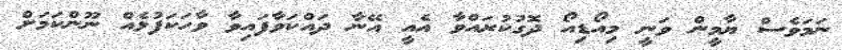
ނަމަވެސް ޔާމީން ވަނީ މިއޯޑިއޯ ދޮގުކުރައްވާ އެއީ އޭނާ ދައްކަވާފައިވާ ވާހަކަފުޅެއް ނޫންކަމަށް